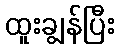
ထူးချွန်ပြီး